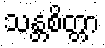
သန္တစိတ္တာ